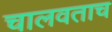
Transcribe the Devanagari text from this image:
चालवताच